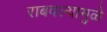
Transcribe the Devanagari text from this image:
राबवल्यामुळे